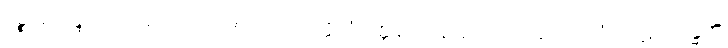
ပဉ္စ ဆိန္ဒေတိ၊ ကား။ ဟေဋ္ဌာ အပါယုပပတ္တိသံဝတ္တနိကာနိ၊ အောက်အပါယ်ဘုံ၌ ပဋိသန္ဓေကို